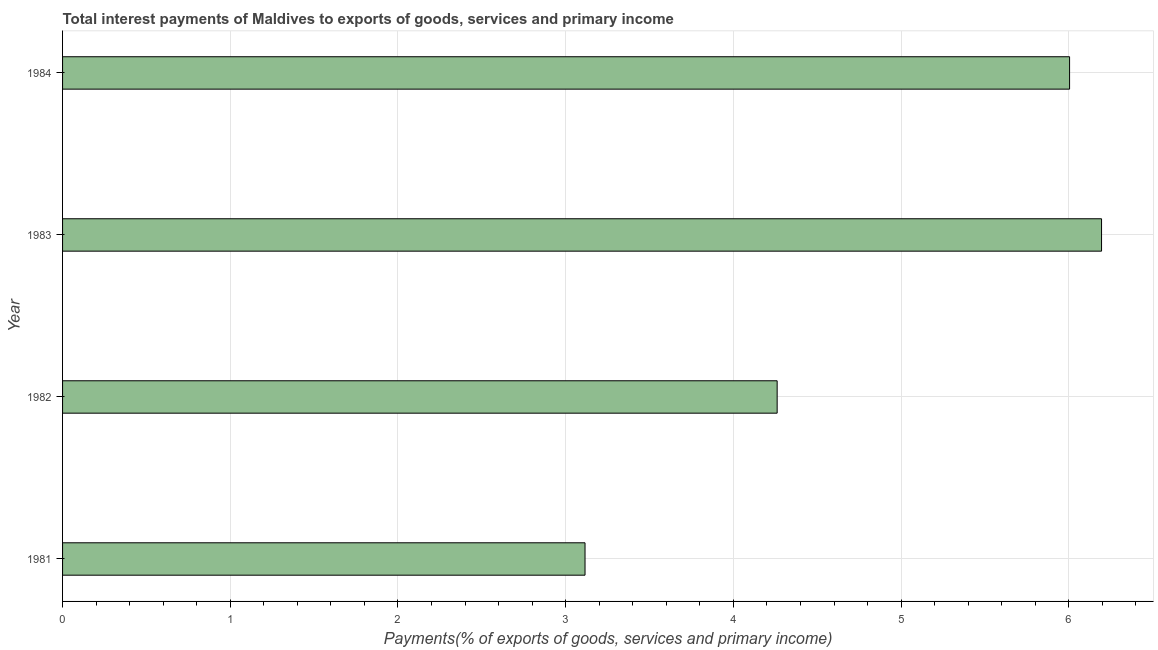
| Year | Interest payments on external debt |
 | --- | --- |
 | 1981 | 3.12 |
 | 1982 | 4.26 |
 | 1983 | 6.2 |
 | 1984 | 6 |